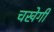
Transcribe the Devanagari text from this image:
चखेगी